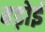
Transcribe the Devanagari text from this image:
बड़ोई